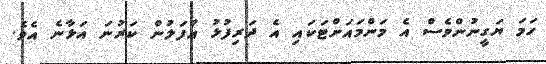
ހަމަ ޔަގީނުންވެސް އެ މަންމައަށްޓަކައި އެ ދަރިފުޅު އުފަލުން ކަރުނަ އަޅާނެ އެވެ.